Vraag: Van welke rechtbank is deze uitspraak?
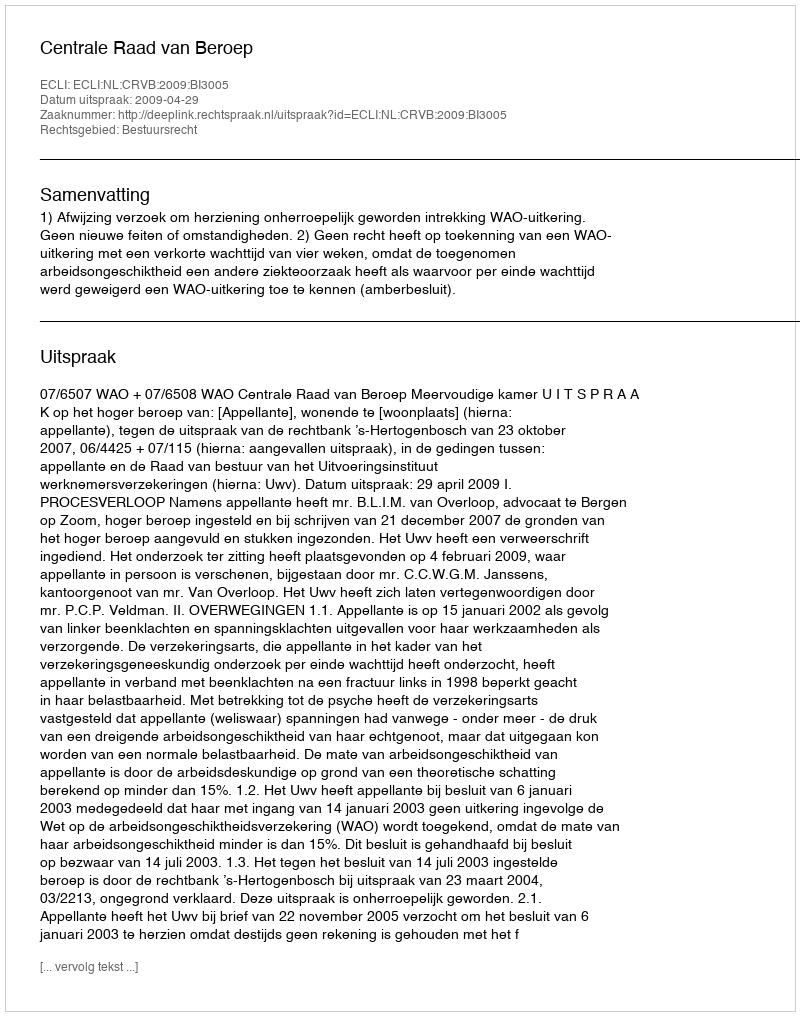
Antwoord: Centrale Raad van Beroep